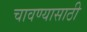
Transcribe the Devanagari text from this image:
चावण्यासाठी